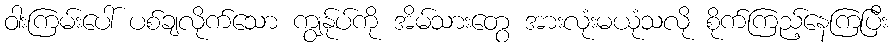
ဝါးကြမ်းပေါ် ပစ်ချလိုက်သော ကျွန်ုပ်ကို အိမ်သားတွေ အားလုံးမယုံသလို စိုက်ကြည့်နေကြပြီး